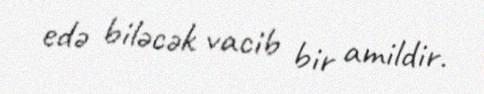
edə biləcək vacib bir amildir.